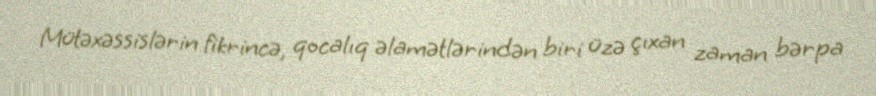
Mütəxəssislərin fikrincə, qocalıq əlamətlərindən biri üzə çıxan zaman bərpa